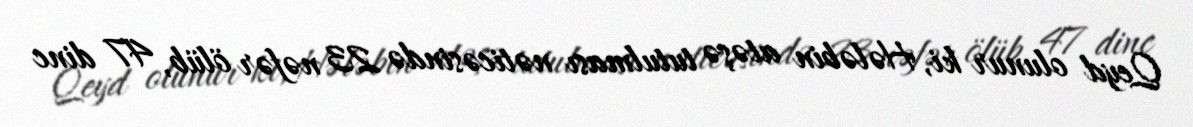
Qeyd olunur ki, Hələbin atəşə tutulması nəticəsində 23 nəfər ölüb, 47 dinc